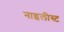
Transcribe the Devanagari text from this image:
नाइलीस्ट